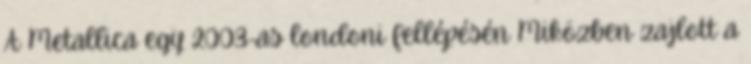
A Metallica egy 2003-as londoni fellépésén Miközben zajlott a